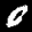
Label: 0